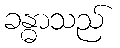
ခန္ဓာသည်